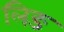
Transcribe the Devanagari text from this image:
लिङ